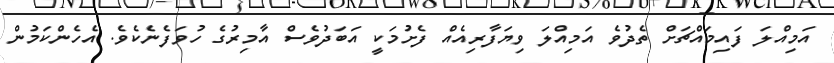
އަމިއްލަ ފައިމައްޗަށް ތެދުވެ އަމިއްލަ ވިޔަފާރިއެއް ފެށުމަކީ އަބަދުވެސް އާމިރުގެ ހުވަފެނެކެވެ. އެހެންކަމުން